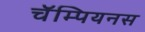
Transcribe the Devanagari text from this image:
चॅम्पियनस